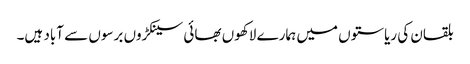
بلقان کی ریاستوں میں ہمارے لاکھوں بھائی سینکڑوں برسوں سے آباد ہیں۔